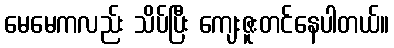
မေမေကလည်း သိပ်ပြီး ကျေးဇူးတင်နေပါတယ်။